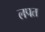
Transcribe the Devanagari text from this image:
लपत